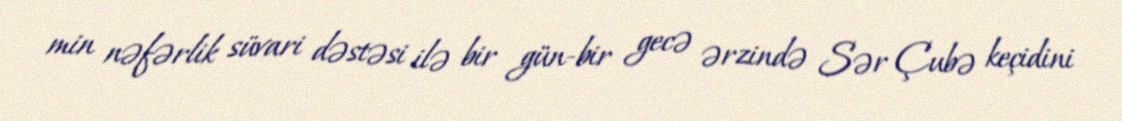
min nəfərlik süvari dəstəsi ilə bir gün-bir gecə ərzində Sər Çubə keçidini